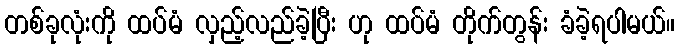
တစ်ခုလုံးကို ထပ်မံ လှည့်လည်ခဲ့ပြီး ဟု ထပ်မံ တိုက်တွန်း ခံခဲ့ရပါမယ်။